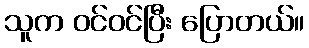
သူက ဝင်ဝင်ပြီး ပြောတယ်။